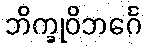
ဘိက္ခုဝိဘင်္ဂေ